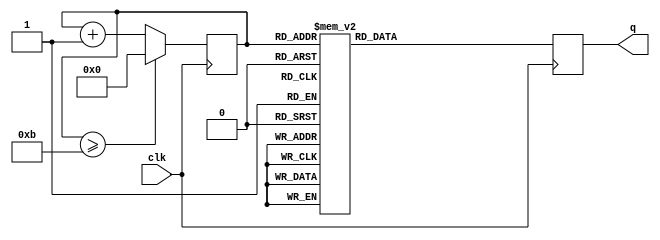
module mod10(q,clk);
	output reg [3:0]q;
	input clk;
	reg [3:0]x;
	initial x=4'b0001;
	always @(posedge clk)
		begin
			case(x)
				1:q<=4'b0000;
				2:q<=4'b0001;
				3:q<=4'b0010;
				4:q<=4'b0011;
				5:q<=4'b0100;
				6:q<=4'b0101;
				7:q<=4'b0110;
				8:q<=4'b0111;
				9:q<=4'b1000;
				10:q<=4'b1001;
				11:q<=4'b1010;
				default:q<=4'b0000;
			endcase
		end
	always@(posedge clk)
		begin
			if(x>=4'b1011)
				x<=4'b0000;
			else
				x=x+1;
		end
endmodule